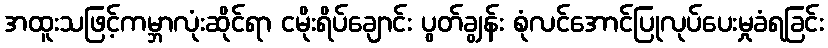
အထူးသဖြင့်ကမ္ဘာလုံးဆိုင်ရာ ငမိုးရိပ်ချောင်း ပွတ်ချွန်း စုံလင်အောင်ပြုလုပ်ပေးမှုခံရခြင်း